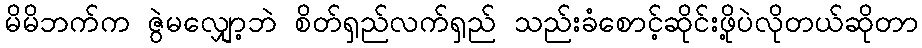
မိမိဘက်က ဇွဲမလျှော့ဘဲ စိတ်ရှည်လက်ရှည် သည်းခံစောင့်ဆိုင်းဖို့ပဲလိုတယ်ဆိုတာ